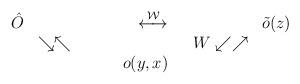
LaTeX: \begin{align*}\begin{array}{rlrlrl}\hat{O} & &\stackrel{\cal W}{\longleftrightarrow} & ~& \tilde{o}(z) \\&\searrow \nwarrow & &~~ W\swarrow \nearrow & \\& & ~~~~~~~o(y,x) & & \end{array}\end{align*}